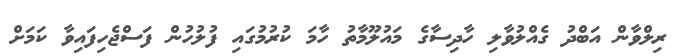
ރިލްވާން އަބްދު ގެއްލުވާލި ހާދިސާގެ މައުލޫމާތު ހާމަ ކުރުމުގައި ފުލުހުން ފަސްޖެހިފައިވާ ކަމަށް